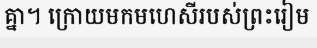
គ្នា។ ក្រោយមកមហេសីរបស់ព្រះរៀម